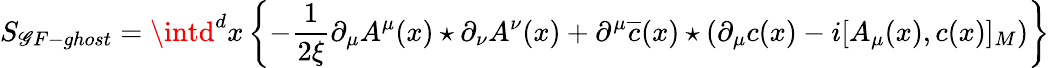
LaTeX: S_{\mathscr{G}F-ghost}=\intd^{d}x\left\{ -\frac{{1}}{{2\xi}}\partial_{\mu}A^{\mu}(x)\star\partial_{\nu}A^{\nu}(x)+\partial^{\mu}\overline{{{{c}}}}(x)\star\left(\partial_{\mu}c(x)-i[A_{\mu}(x),c(x)]_{M}\right)\right\}